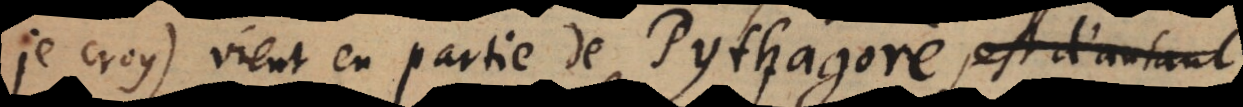
je croy) vient en partie de Pythagore, est d’autant